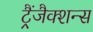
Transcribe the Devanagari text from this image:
ट्रैंजैक्शन्स